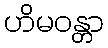
ဟိမဝန္တာ